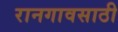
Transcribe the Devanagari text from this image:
रानगावसाठी